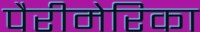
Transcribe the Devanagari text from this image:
पैरीमेरिका